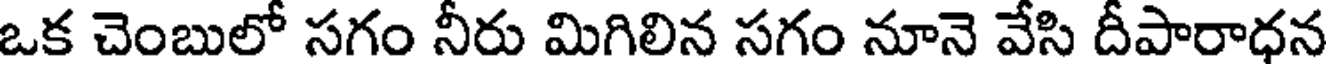
ఒక చెంబులో సగం నీరు మిగిలిన సగం నూనె వేసి దీపారాధన